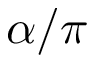
\alpha / \pi